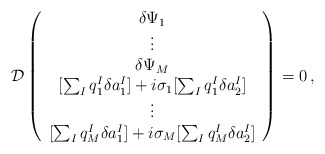
\begin{align*}{\cal D}\left(\begin{array}{c} \delta\Psi_1\\ \vdots\\ \delta\Psi_M\\ {[\sum_Iq_1^I\delta a_1^I]+i\sigma_1[\sum_Iq_1^I\delta a_2^I]}\\ \vdots\\ {[\sum_Iq_M^I\delta a_1^I]+i\sigma_M[\sum_Iq_M^I\delta a_2^I]} \end{array}\right)=0\,,\end{align*}